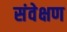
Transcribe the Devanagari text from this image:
संवेक्षण